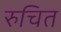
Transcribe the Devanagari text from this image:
रुचित